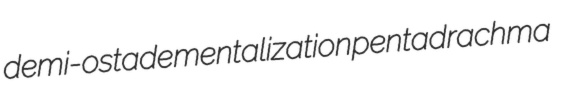
demi-ostade mentalization pentadrachma